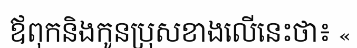
ឪពុកនិងកូនប្រុសខាងលើនេះថា៖ «